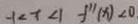
- 1 < x < 1 f ^ { 1 1 } ( x ) < 0